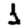
Digit: 1